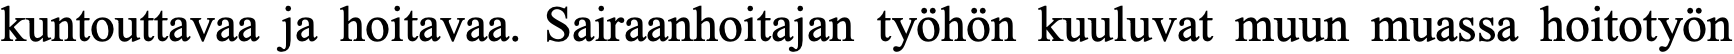
kuntouttavaa ja hoitavaa. Sairaanhoitajan työhön kuuluvat muun muassa hoitotyön